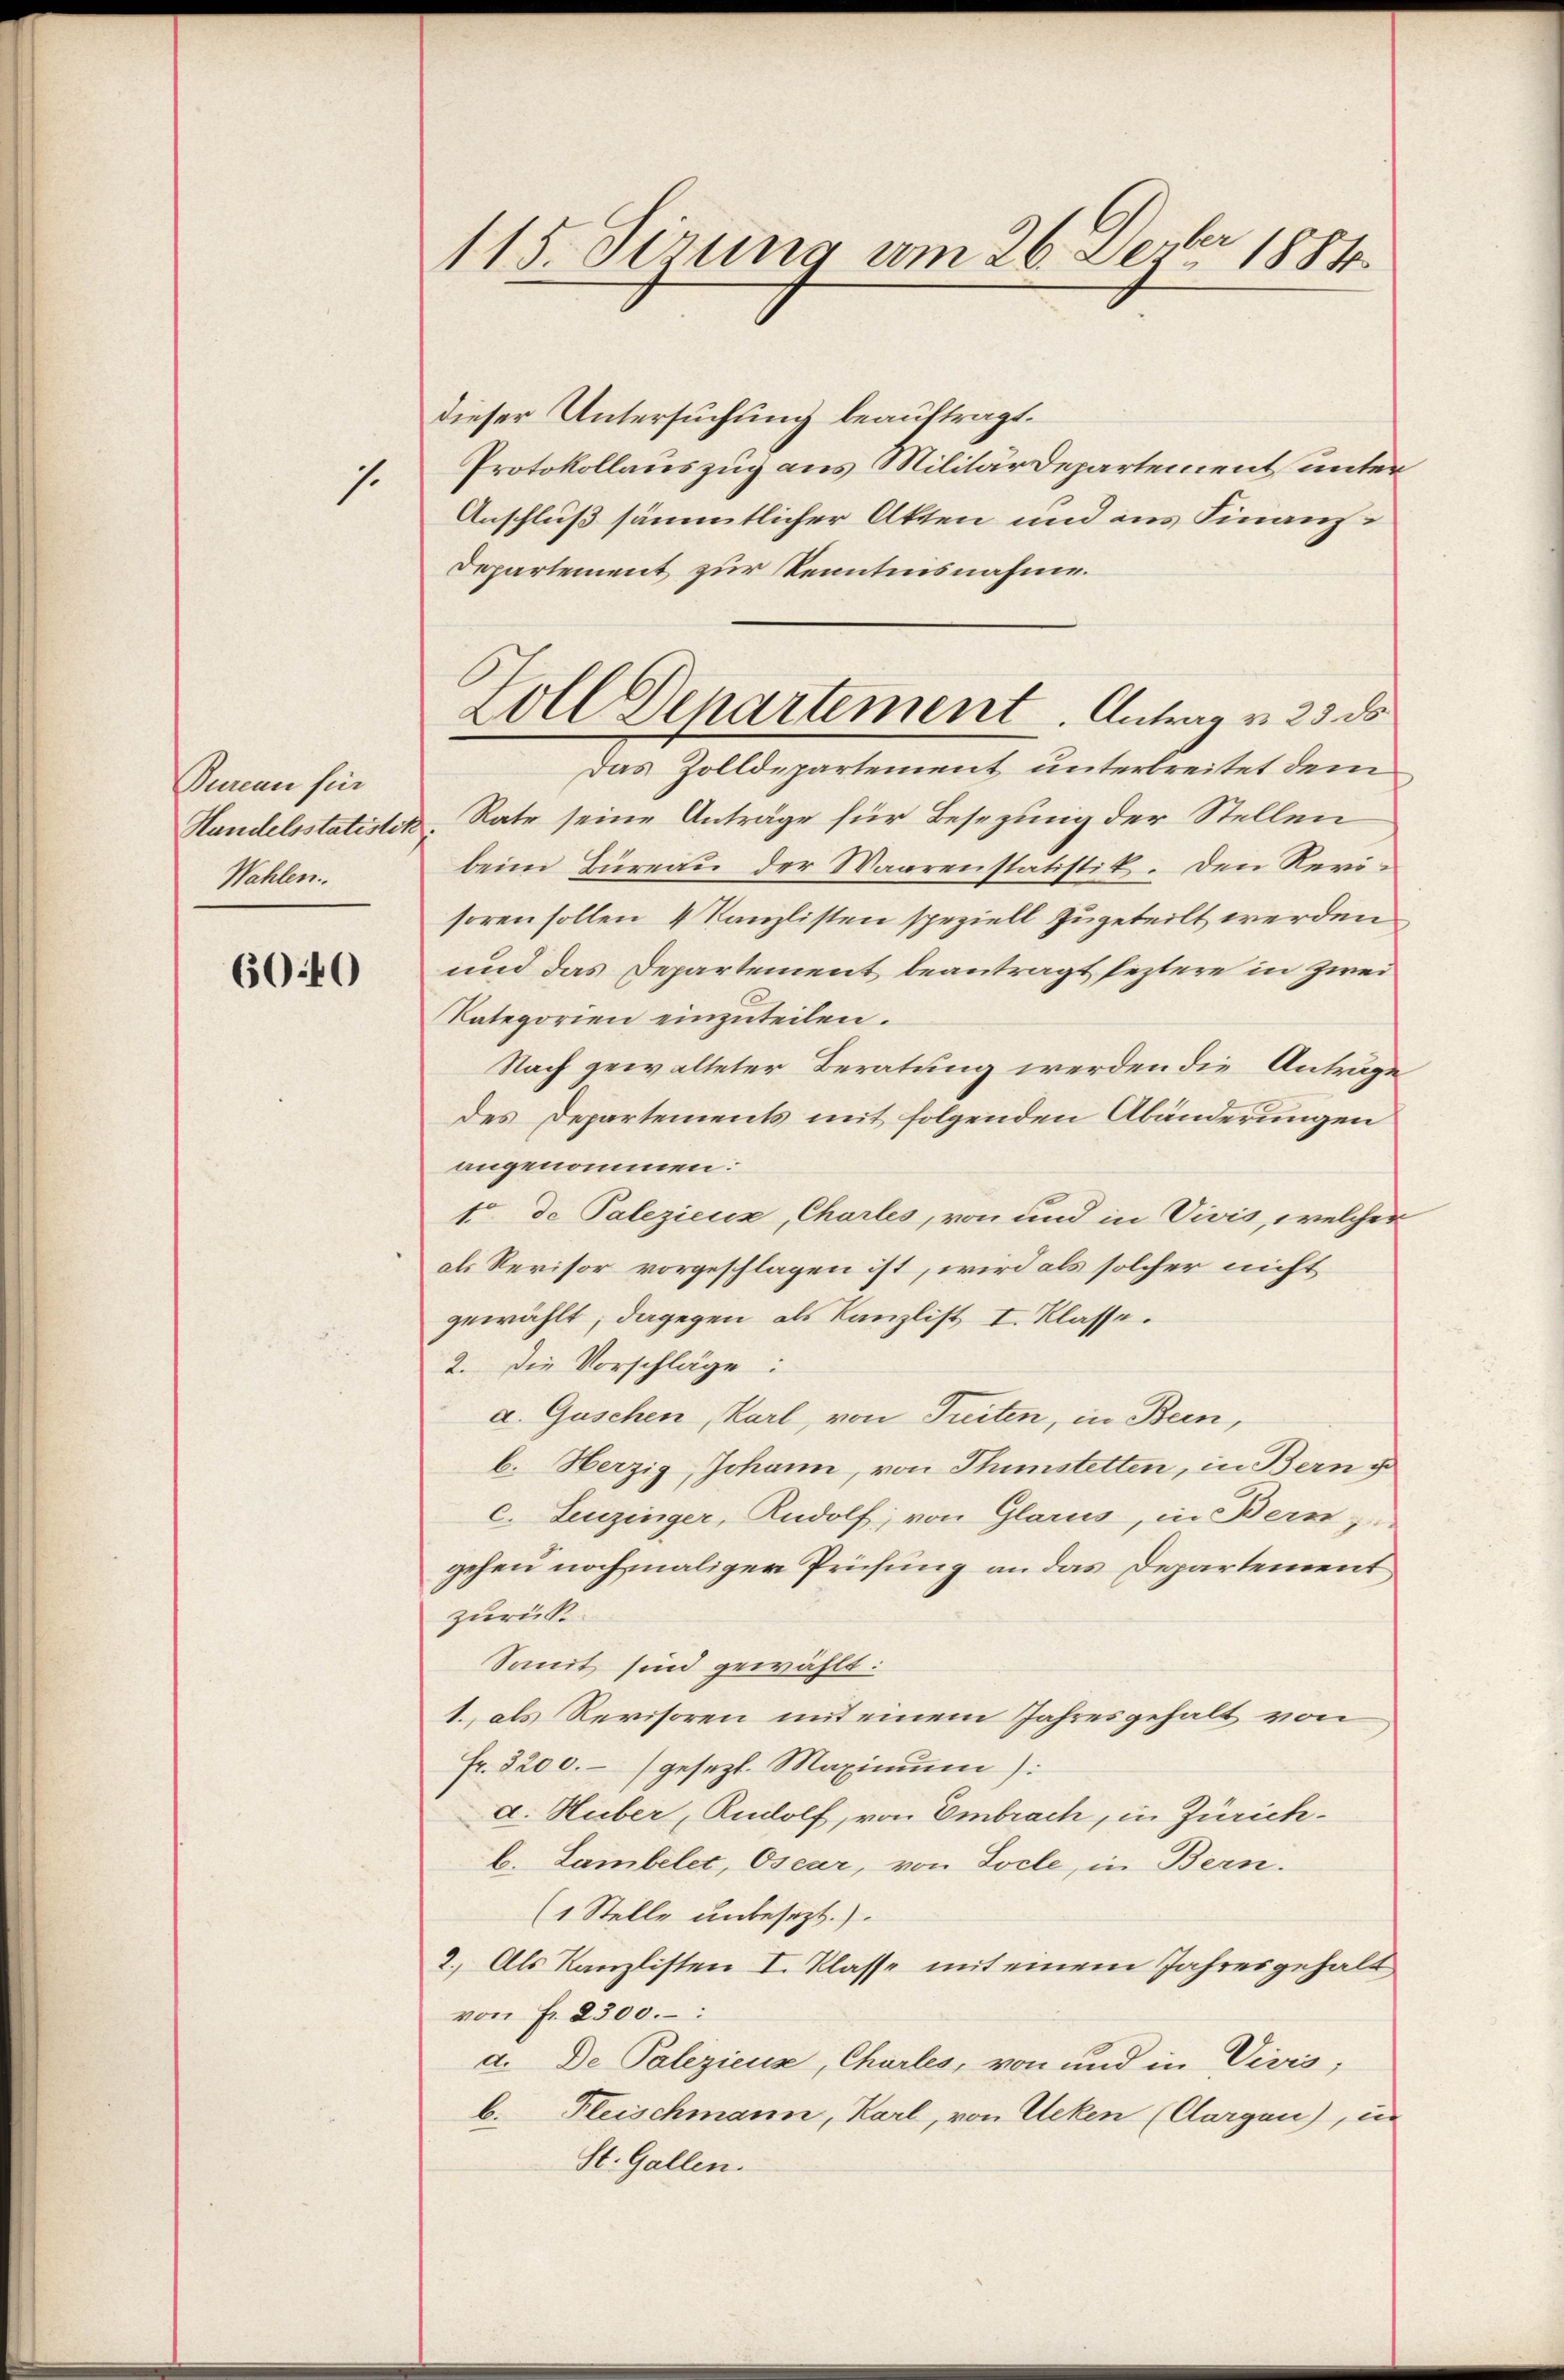
Bureau für
Wahlen.

6040

f

115. dirung am 26. Dezbr 1881

dieser Untersuchung beauftragt.
Protokollauszug aus Militärdepartement unter¬
Anschluß sämmtlicher Akten und aus Finanz¬
Departement zur Kenntnisnahme.
Das Zolldepartement unterbreitet dem
Handelsstatisten, Rate seine Anträge für Besetzung der Stellen
beim Büreau der Waarenstatistik. Den Revisoren sollen 4 Kanzlisten speziell zugeteilt werden
und das Departement beantragt seztere in Zwei¬
Kategorien einzuteilen.
Nach gewalteter Beratung werden die Anträge
des Departements mit folgenden Abänderungen
angenommen:
tr. de Palezieux, Chartes, von und in Vivis, welcher
als Revisor vorgeschlagen ist, wird als solcher nicht
gewählt; dagegen als Kanzlist I. Klasse.
2. Die Vorschläge:
a. Guschen, Karl, von Treiten, in Bern,
b. Herzig Johann, von Thunstetten, in Bern u
e. Leuzinger, Rudolf, von Glarus, in Bern,
gehen nochmaliger Prüfung an das Departement
zurück.
Somit sind gewählt:
1. als Revisoren mit einem Jahresgehalt von
Fr. 3200.- gesezt. Maximum):
d. Huber, Rudolf, von Embrach, in Zürichb. Lambelcc, Oscar, von Socle, in Bern.
(1 Stelle unbesezt.)
2.) Als Kanzlisten I. Klasse mit einem Jahresgehalt
von Fr. 2300.
d. De Palezieuse, Charles, von und in Vivis;
b. Fleischmann, Karl, von Acken (Aargau), u
St. Gallen.

Goll Departement. Antrag v. 23. ds